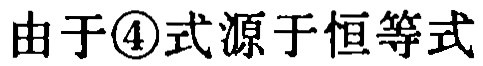
由于\textcircled{4}式源于恒等式